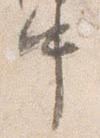
中